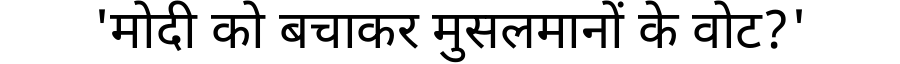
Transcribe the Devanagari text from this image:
'मोदी को बचाकर मुसलमानों के वोट?'